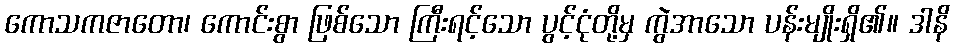
ကောသကဇာတော၊ ကောင်းစွာ ဖြစ်သော ကြီးရင့်သော ပွင့်ငုံတို့မှ ကွဲအာသော ပန်းမျိုးရှိ၏။ ဒါနိ